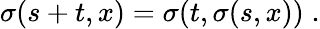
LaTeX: \sigma(s+t,x)=\sigma(t,\sigma(s,x))\; .